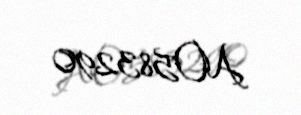
AO583290